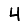
Digit: 4